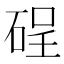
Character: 𱴇